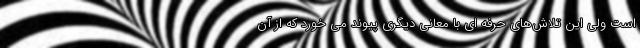
است ولی این تلاش‌های حرفه ای با معانی دیگری پیوند می خورد که از آن